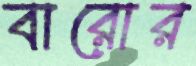
বারোর